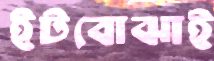
ইটবোঝাই